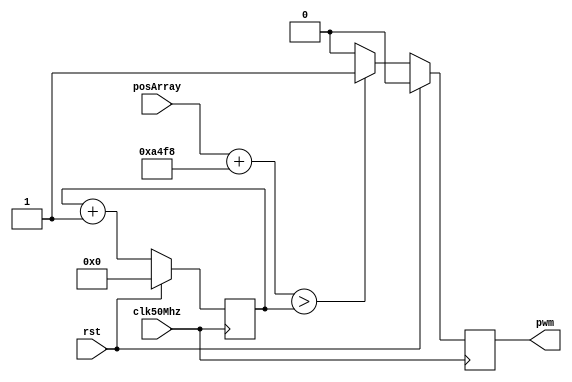
module servo_1
#(
    parameter WIDTH = 16, 
    parameter NUM = 1     
) (
    input clk50Mhz,                   
    input rst,                        
    input [(WIDTH*NUM)-1:0] posArray, 
    output reg [NUM-1:0] pwm          
);
wire [WIDTH-1:0] posArrayInternal[NUM-1:0];
reg [19:0] counter;
integer i;
genvar j;
generate
begin
    for (j=0; j<NUM; j=j+1) begin
        assign posArrayInternal[j] = posArray[(WIDTH*(j+1)-1):(WIDTH*j)];
    end
end
endgenerate
always @(posedge clk50Mhz) begin
    if (rst) begin
        counter <= 'd0;
        pwm <= 'b0;
    end else begin
        counter <= counter + 1;
        for (i=0; i<NUM; i=i+1) begin
            if (((posArrayInternal[i] << (16-WIDTH)) + 42232) > counter)
                pwm[i] <= 1'b1;
            else
                pwm[i] <= 1'b0;
        end
    end
end
endmodule